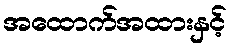
အထောက်အထားနှင့်